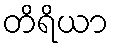
တိရိယာ